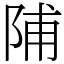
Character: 陠